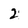
Character: 2